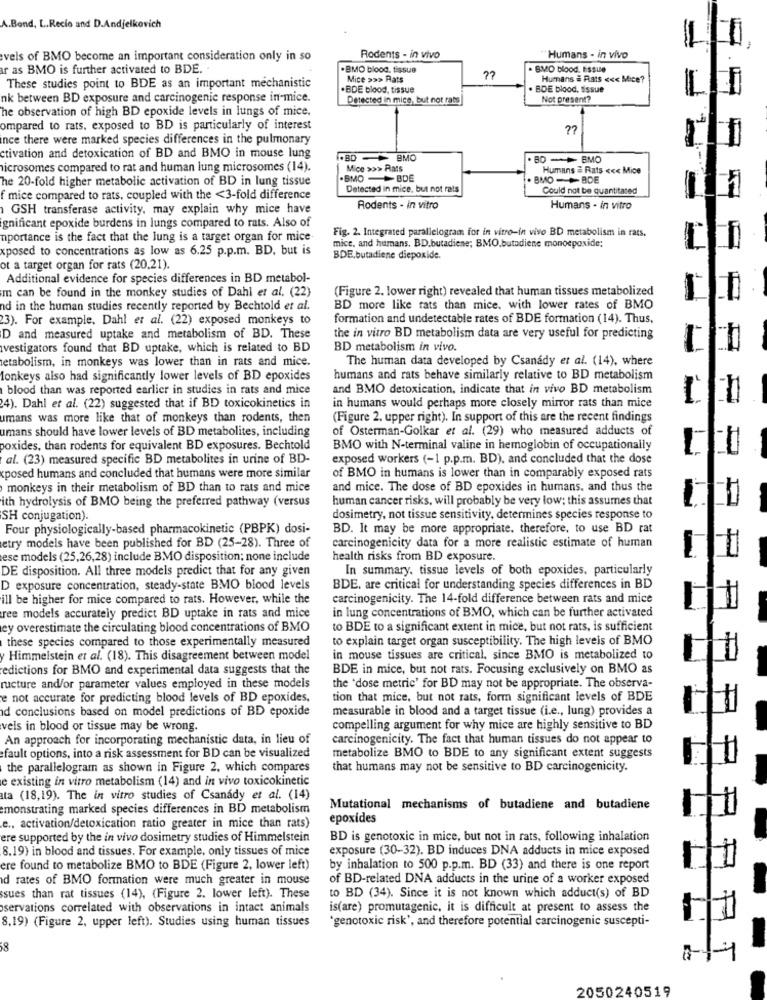
A.Bond, L.Recio and D.Andjelkovich
vels of BMO become an important consideration only in so
Rodents - in vivo
Humans - in vivo
r as BMO is further activated to BDE.
. BMO blood. tissue
. BMO blood, ESSie
Mice >>> Rats
Humans # Rats <<< Mice?
These studies point to BDE as an important mechanistic
. BDE blood, tissue
. BDE blood, tissue
nk between BD exposure and carcinogenic response in-mice.
Detected in mice, but not rats
Not present?
he observation of high BD epoxide levels in lungs of mice.
ompared to rats, exposed to BD is particularly of interest
ince there were marked species differences in the pulmonary
ctivation and detoxication of BD and BMO in mouse lung
.BD - BMO
80 - + BMO
microsomes compared to rat and human lung microsomes (14).
Mice >>> Rats
Humans # Rats <<< Mice
he 20-fold higher metabolic activation of BD in lung tissue
.BMO -BDE
BMOBDE
Detected in mice, but not rats
Could not be quantitated
f mice compared to rats, coupled with the <3-fold difference
GSH transferase activity, may explain why mice have
Rodents - in vitro
Humans - in vitro
gnificant epoxide burdens in lungs compared to rats. Also of
Fig. 2. Integrated parallelogram for in vitro-in vivo BD metabolism in rats,
nportance is the fact that the lung is a target organ for mice
mice, and humans, BD.butadiene; BMO.butadiene monoepoxide;
xposed to concentrations as low as 6.25 p.p.m. BD, but is
BDE,butadiene diepoxide.
ot a target organ for rats (20.21).
Additional evidence for species differences in BD metabol-
m can be found in the monkey studies of Dahl et al. (22)
(Figure 2. lower right) revealed that human tissues metabolized
nd in the human studies recently reported by Bechtold et al.
BD more like rats than mice. with lower rates of BMO
23). For example, Dahl et al. (22) exposed monkeys to
formation and undetectable rates of BDE formation (14). Thus,
D and measured uptake and metabolism of BD. These
the in vitro BD metabolism data are very useful for predicting
vestigators found that BD uptake, which is related to BD
BD metabolism in vivo.
metabolism, in monkeys was lower than in rats and mice.
The human data developed by Csanády et al. (14), where
donkeys also had significantly lower levels of BD epoxides
humans and rats behave similarly relative to BD metabolism
blood than was reported earlier in studies in rats and mice
and BMO detoxication, indicate that in vivo BD metabolism
24). Dahl et al. (22) suggested that if BD toxicokinetics in
in humans would perhaps more closely mirror rats than mice
umans was more like that of monkeys than rodents, then
(Figure 2. upper right). In support of this are the recent findings
umans should have lower levels of BD metabolites, including
of Osterman-Golkar et al. (29) who measured adducts of
poxides, than rodents for equivalent BD exposures. Bechtold
BMO with N-terminal valine in hemoglobin of occupationally
al. (23) measured specific BD metabolites in urine of BD-
exposed workers (-1 p.p.m. BD), and concluded that the dose
posed humans and concluded that humans were more similar
of BMO in humans is lower than in comparably exposed rats
monkeys in their metabolism of BD than to rats and mice
and mice. The dose of BD epoxides in humans. and thus the
ith hydrolysis of BMO being the preferred pathway (versus
human cancer risks. will probably be very low; this assumes that
SH conjugation).
dosimetry, not tissue sensitivity, determines species response to
Four physiologically-based pharmacokinetic (PBPK) dosi-
BD. It may be more appropriate. therefore, to use BD rat
etry models have been published for BD (25-28). Three of
carcinogenicity data for a more realistic estimate of human
ese models (25,26,28) include BMO disposition; none include
health risks from BD exposure.
DE disposition. All three models predict that for any given
In summary, tissue levels of both epoxides, particularly
D exposure concentration, steady-state BMO blood levels
BDE, are critical for understanding species differences in BD
ill be higher for mice compared to rats. However, while the
carcinogenicity. The 14-fold difference between rats and mice
in lung concentrations of BMO, which can be further activated
ree models accurately predict BD uptake in rats and mice
ley overestimate the circulating blood concentrations of BMO
to BDE to a significant extent in mice, but not rats, is sufficient
these species compared to those experimentally measured
to explain target organ susceptibility. The high levels of BMO
y Himmelstein et al. (18). This disagreement between model
in mouse tissues are critical, since BMO is metabolized to
edictions for BMO and experimental data suggests that the
BDE in mice, but not rats. Focusing exclusively on BMO as
ructure and/or parameter values employed in these models
the 'dose metric' for BD may not be appropriate. The observa-
e not accurate for predicting blood levels of BD epoxides,
tion that mice, but not rats, form significant levels of BDE
id conclusions based on model predictions of BD epoxide
measurable in blood and a target tissue (i.e ., lung) provides a
veis in blood or tissue may be wrong.
compelling argument for why mice are highly sensitive to BD
An approach for incorporating mechanistic data, in lieu of
carcinogenicity. The fact that human tissues do not appear to
fault options, into a risk assessment for BD can be visualized
metabolize BMO to BDE to any significant extent suggests
the parallelogram as shown in Figure 2, which compares
that humans may not be sensitive to BD carcinogenicity.
e existing in vitro metabolism (14) and in vivo toxicokinetic
ta (18,19). The in vitro studies of Csanády et al. (14)
emonstrating marked species differences in BD metabolism
Mutational mechanisms of butadiene and butadiene
epoxides
e ., activation/detoxication ratio greater in mice than rats)
ere supported by the in vivo dosimetry studies of Himmelstein
BD is genotoxic in mice, but not in rats, following inhalation
8.19) in blood and tissues. For example, only tissues of mice
exposure (30-32). BD induces DNA adducts in mice exposed
ere found to metabolize BMO to BDE (Figure 2, lower left)
by inhalation to 500 p.p.m. BD (33) and there is one report
d rates of BMO formation were much greater in mouse
of BD-related DNA adducts in the urine of a worker exposed
ssues than rat tissues (14), (Figure 2. lower left). These
to BD (34). Since it is not known which adduct(s) of BD
servations correlated with observations in intact animals
is(are) promutagenic, it is difficult at present to assess the
8,19) (Figure 2, upper left). Studies using human tissues
*genotoxic risk', and therefore potential carcinogenic suscepti-
00
2050240519